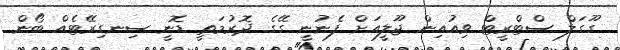
ގޫގަލް ސްޓްރީޓް ވިއުއިން ޖޫލީއަށް ފެނުނީ ގޭގެ ދޮރުމަތީ ޑޮނީ ސިނގިރޭޓެއް ބޯން